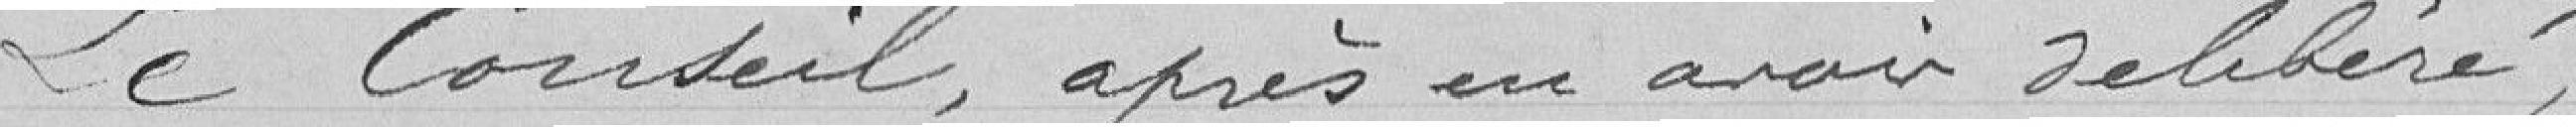
Le Conseil, après en avoir délibéré,